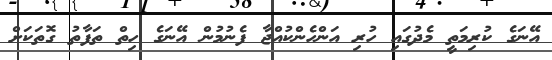
އޭނަގެ ކުރިމަތީ މެދުގައި ހުރި އަންހެންކުއްޖާ ފެނުމުން އޭނަގެ ހިތް ތަފާތު ގޮތަކަށް